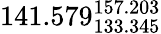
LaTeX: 141.579_{133.345}^{157.203}